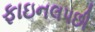
ફાઇનલપછી